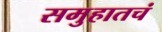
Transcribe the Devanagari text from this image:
समुहातचं